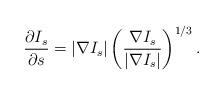
LaTeX: \begin{align*}\frac{\partial I_{s}}{\partial s}=\left| \nabla I_{s}\right| \left( \frac{\nabla I_{s}}{\left| \nabla I_{s}\right| }\right) ^{1/3}. \end{align*}